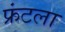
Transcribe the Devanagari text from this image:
फ्रंटला